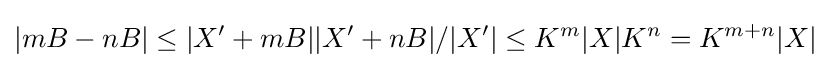
|mB-nB|\leq |X'+mB||X'+nB|/|X'|\leq K^{m}|X|K^{n}=K^{m+n}|X|